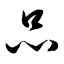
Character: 品